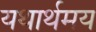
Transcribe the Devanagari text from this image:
यथार्थमय